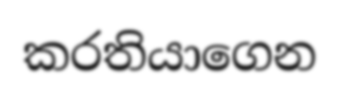
කරතියාගෙන